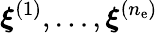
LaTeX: \boldsymbol\xi^{(1)},\dots,\boldsymbol\xi^{(n_{\mathrm{e}})}